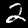
Digit: 2